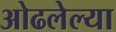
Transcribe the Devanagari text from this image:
ओढलेल्या